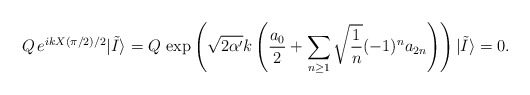
\begin{align*}Q \, e^{i k X(\pi/2)/2} |\tilde I \rangle = Q\, \exp\left(\sqrt{2 \alpha'} k \left({a_0\over 2} + \sum_{n \ge 1} \sqrt{{1 \over n}}(-1)^n a_{2n} \right)\right) | \tilde I \rangle = 0.\end{align*}